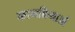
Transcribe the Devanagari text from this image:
कामक्रियाओं